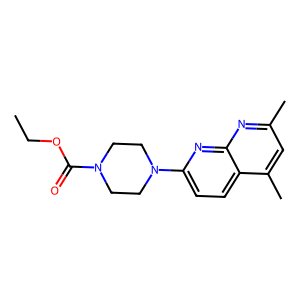
SMILES: CCOC(=O)N1CCN(c2ccc3c(C)cc(C)nc3n2)CC1
Inhibits HIV replication: No